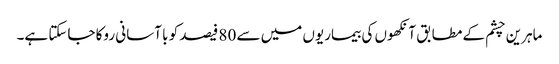
ماہرین چشم کے مطابق آنکھوں کی بیماریوں میں سے 80 فیصد کو با آسانی روکا جاسکتا ہے۔